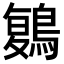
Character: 𪃃